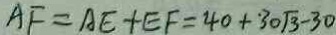
A F = A E + E F = 4 0 + 3 0 \sqrt { 3 } - 3 0